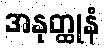
အနုတ္ထုနံ